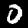
Label: 0